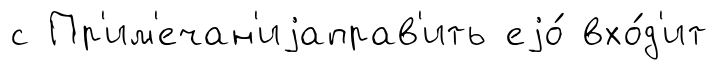
с Пр'им'ечан'иjаправ'ить еjо́ вхо́д'ит